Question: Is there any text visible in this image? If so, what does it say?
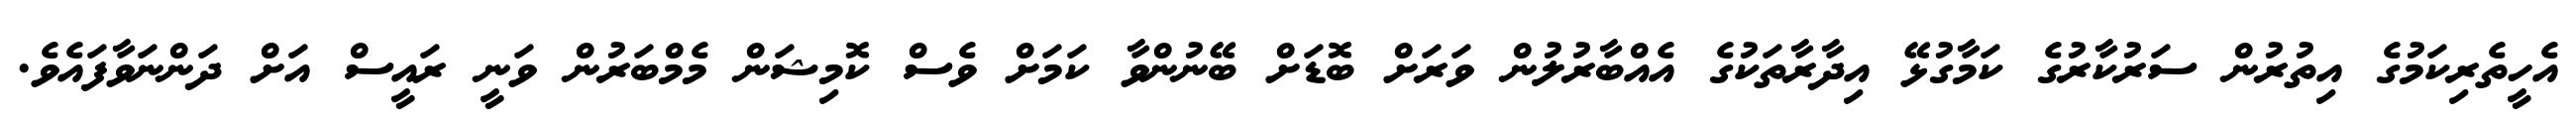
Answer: އެހީތެރިކަމުގެ އިތުރުން ސަރުކާރުގެ ކަމާގުޅޭ އިދާރާތަކުގެ އެއްބާރުލުން ވަރަށް ބޮޑަށް ބޭނުންވާ ކަމަށް ވެސް ކޮމިޝަން މެމްބަރުން ވަނީ ރައީސް އަށް ދަންނަވާފައެވެ.